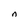
Character: n